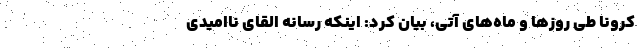
کرونا طی روزها و ماه‌های آتی، بیان کرد: اینکه رسانه القای ناامیدی